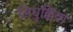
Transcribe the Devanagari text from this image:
लिघुक्किंवा